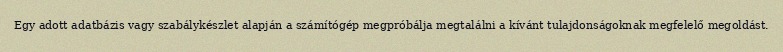
Egy adott adatbázis vagy szabálykészlet alapján a számítógép megpróbálja megtalálni a kívánt tulajdonságoknak megfelelő megoldást.